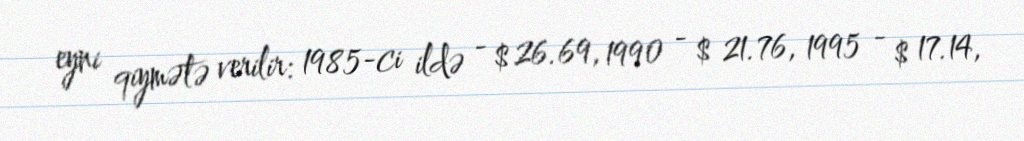
eyni qiymətə verilir: 1985-ci ildə - $ 26.69, 1990 - $ 21.76, 1995 - $ 17.14,